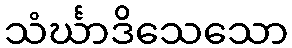
သံင်္ဃာဒိသေသော